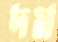
দম